Report of the Indian Hemp Drugs Commission, 1894-1895 - Volume V
Year: 1894
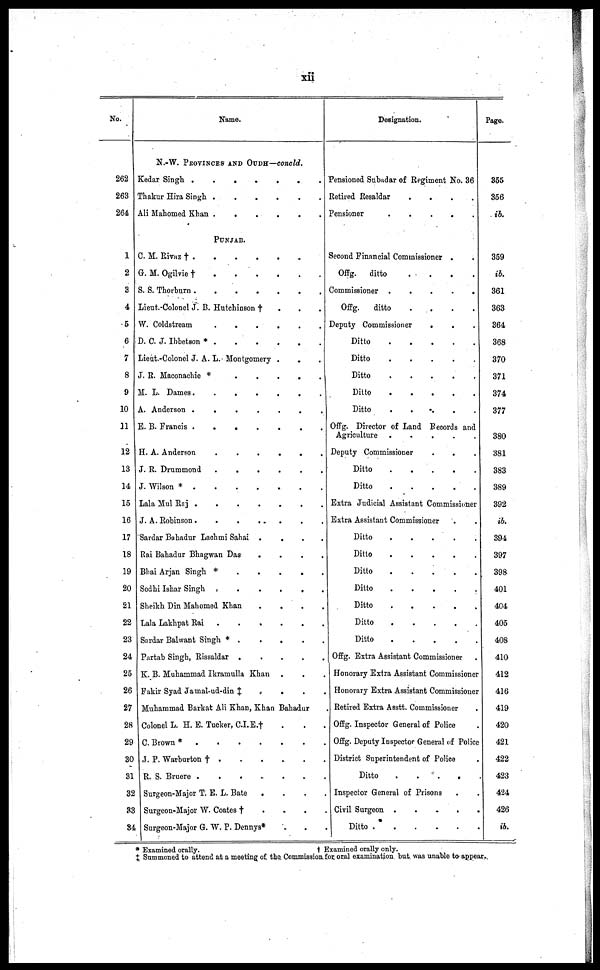
xii
No.
262
263
264
1
2
3
4
5
6
7
8
9
10
11
12
13
14
15
16
17
18
19
20
21
22
23
24
25
26
27
28
29
30
31
32
33
34
Name.
N.-W. PROVINCES AND OUDH—concld.
Kedar Singh
.
.
.
.
.
.
.
Thakur Hira Singh
.
.
.
.
.
.
.
Ali Mahomed Khan. . . . . . . .
PUNJAB.
C. M. Rivaz † . . . . . . .
G. M. Ogilvie
†
.
.
.
.
.
.
.
S. S. Thorburn
.
.
.
.
.
.
.
Lieut.-Colonel J. B. Hutchinson † . . .
W. Coldstream . . . . . . . .
D. C. J. Ibbetson *
.
.
.
.
.
.
.
Lieut.-Colonel J. A. L. Montgomery . . .
J. R. Maconachie *
.
.
.
.
.
M. L. Dames . . . . . . . .
A. Anderson .
.
.
.
E. B. Francis . . . . . . . .
H. A. Anderson . . . . . . . .
J. R. Drummond
.
.
.
.
J. Wilson *.
.
.
.
Lala Mul Raj
.
.
.
.
.
.
.
J. A. Robinson . . . . . . . .
Sardar Bahadur Lachmi Sahai .
.
.
.
Rai Bahadur Bhagwan Das
.
.
.
.
Bhai Arjan Singh * . . . . . . .
Sodhi Ishar Singh .
.
.
.
Sheikh Din Mahomed Khan
.
.
.
.
Lala Lakhpat Rai .
.
.
.
Sardar Balwant Singh *
.
.
.
.
.
Partab Singh, Rissaldar . . . . . . .
K. B. Muhammad Ikramulla Khan . . .
Fakir Syad Jamal-ud-din ‡ . . . .
Muhammad Barkat Ali Khan, Khan Bahadur .
Colonel L. H. E. Tucker, C.I.E. † . . .
C. Brown *.
.
.
.
J. P. Warburton † . . . . . . .
R. S. Bruere
.
.
.
.
.
.
.
Surgeon-Major T. E. L. Bate
. . . .
Surgeon-Major W. Coates † . . . .
Surgeon-Major G. W. P. Dennys* . . .
Designation.
Pensioned Subadar of Regiment No. 36
Retired Resaldar
.
.
.
Pensioner
.
.
.
.
.
.
Second Financial Commissioner . .
Offg.
ditto
.
.
.
Commissioner .
.
.
.
Offg.
ditto
.
.
.
Deputy Commissioner
.
. .
Ditto
.
.
.
.
.
.
Ditto
.
.
.
.
.
.
Ditto
.
.
.
.
.
.
Ditto
.
.
.
.
.
.
Ditto
.
.
.
.
.
.
Offg. Director of Land Records and
Agriculture .
.
.
.
Deputy Commissioner
Ditto
.
.
.
.
.
.
Ditto
.
.
.
.
.
.
Extra Judicial Assistant Commissioner
Extra Assistant Commissioner
Ditto
.
.
.
.
.
.
Ditto
.
.
.
.
.
.
Ditto
.
.
.
.
.
.
Ditto
.
.
.
.
.
.
Ditto
.
.
.
.
.
.
Ditto . . . . . . . .
Ditto . . . . . . . .
Offg. Extra Assistant Commissioner
Honorary Extra Assistant Commissioner
Honorary Extra Assistant Commissioner
Retired Extra Asstt. Commissioner
Offg. Inspector General of Police
Offg. Deputy Inspector General of Police
District Superintendent of Police
Ditto . . . . . . . .
Inspector General of Prisons
Civil Surgeon . . . . . . . .
Ditto . . . . . . . .
Page.
355
356
ib.
359
ib.
361
363
364
368
370
371
374
377
380
381
383
389
392
ib.
394
397
398
401
404
405
408
410
412
416
419
420
421
422
423
424
426
ib.
* Examined orally.
†
Examined orally only.
‡ Summoned to attend at a meeting of the Commission for oral examination but was unable to appear.